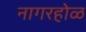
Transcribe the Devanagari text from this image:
नागरहोळ